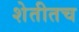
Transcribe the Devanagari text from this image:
शेतीतच